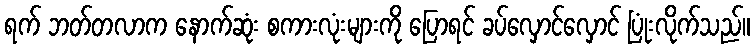
ရက် ဘတ်တလာက နောက်ဆုံး စကားလုံးများကို ပြောရင် ခပ်လှောင်လှောင် ပြုံးလိုက်သည်။